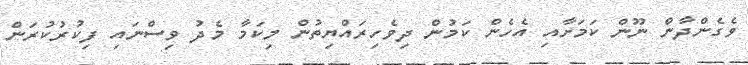
ވެގެންދާން ނޫން ކަމަށާއި އެހެން ކަމުން ދިވެހިރައްޔިތުން މިކަމާ މެދު ވިސްނައި ފިކުރުކުރަން